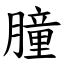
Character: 朣